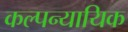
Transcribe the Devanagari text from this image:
कल्पन्यायिक